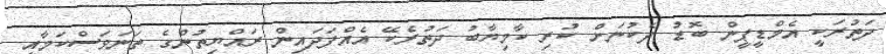
ދަތުރަކީ އެމްޑީޕީން ބޮޑު ދެކުނަށް ކުރި ކާމިޔާބު ދަތުރެކޭ އެއްފަދައިން ރައްޔިތުންގެ ތަނަވަސްކަމާއި